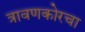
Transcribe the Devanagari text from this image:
त्रावणकोरचा